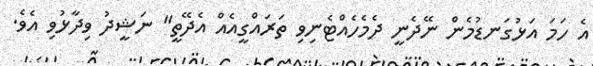
އެ ހަމަ އަޅުގަނޑުމެން ނޭދެނީ ދެމެހެއްޓެނިވި ތަރައްގީއެއް އެދޭތީ" ނަޝީދު ވިދާޅުވި އެވެ.